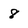
Character: 8